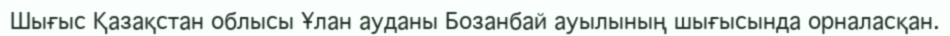
Шығыс Қазақстан облысы Ұлан ауданы Бозанбай ауылының шығысында орналасқан.